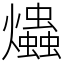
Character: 爞